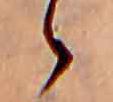
ゝ